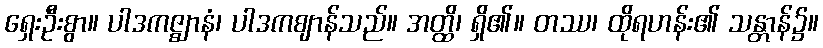
ရှေးဦးစွာ။ ပါဒကဇ္ဈာနံ၊ ပါဒကဈာန်သည်။ အတ္ထိ၊ ရှိ၏။ တဿ၊ ထိုရဟန်း၏ သန္တာန်၌။